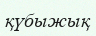
қүбыжық